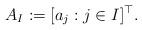
LaTeX: \begin{align*}A_I:=[a_j:j\in I]^\top.\end{align*}